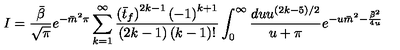
I = \frac { \bar { \beta } } { \sqrt { \pi } } e ^ { - \bar { m } ^ { 2 } \pi } \sum _ { k = 1 } ^ { \infty } \frac { \left( \bar { t } _ { f } \right) ^ { 2 k - 1 } \left( - 1 \right) ^ { k + 1 } } { \left( 2 k - 1 \right) \left( k - 1 \right) ! } \int _ { 0 } ^ { \infty } \frac { d u u ^ { ( 2 k - 5 ) / 2 } } { u + \pi } e ^ { - u \bar { m } ^ { 2 } - \frac { \bar { \beta } ^ { 2 } } { 4 u } }